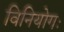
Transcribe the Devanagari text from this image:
विनियोगः